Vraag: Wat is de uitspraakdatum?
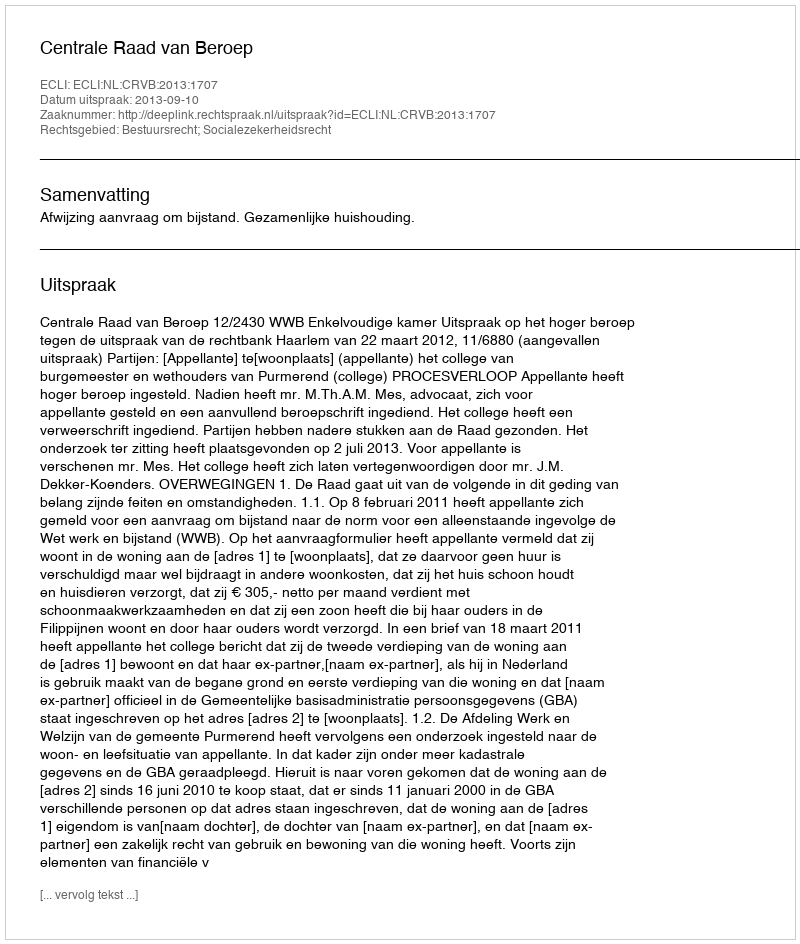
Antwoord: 2013-09-10